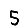
Digit: 5